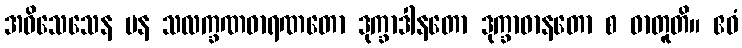
အဝိသေသေန ပန သလက္ခဏဓာရဏတော ဒုက္ခာဒါနတော ဒုက္ခာဓာနတော စ ဓာတူတိ။ ဧဝံ